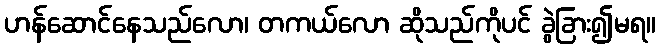
ဟန်ဆောင်နေသည်လော၊ တကယ်လော ဆိုသည်ကိုပင် ခွဲခြား၍မရ။